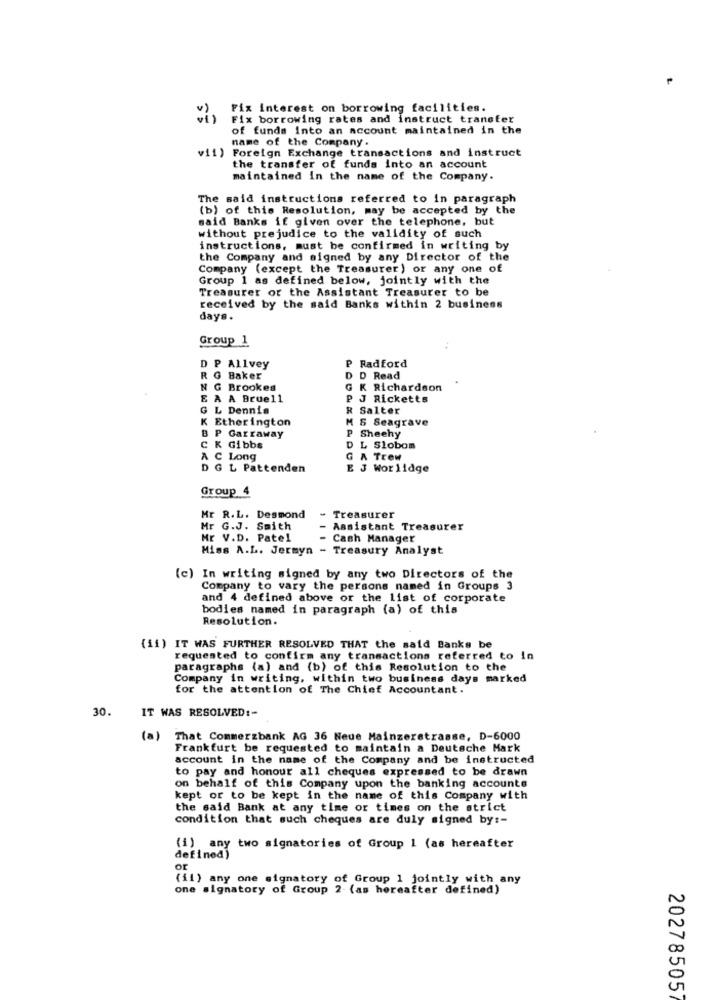
Fix interest on borrowing facilities.
Fix borrowing rates and instruct transfer
of funds Into an account maintained in the
name of the Company.
vii) Foreign Exchange transactions and instruct
the transfer of funds into an account
maintained in the name of the Company.
The said instructions referred to in paragraph
(b) of this Resolution, may be accepted by the
said Banks if given over the telephone, but
without prejudice to the validity of such
instructions, must be confirmed in writing by
the Company and signed by any Director of the
Company (except the Treasurer) or any one of
Group 1 as defined below, jointly with the
Treasurer or the Assistant Treasurer to be
received by the said Banks within 2 business
days.
Group 1
Radford
D P Allvey
R G Baker
D
D Read
N G Brookes
K Richardson
E A A Bruel1
P
J Ricketts
G L Dennis
R Salter
K Etherington
M S Seagrave
B P Garraway
P Sheehy
C K Gibbs
D L Slobom
C Long
G A Trew
G L Pattenden
E J Worlidge
Group 4
Mr R.L. Desmond
- Treasurer
Mr G.J. Smith
Assistant Treasurer
Mr V.D. Patel
Cash Manager
Miss A.L. Jermyn - Treasury Analyst
(c) In writing signed by any two Directors of the
Company to vary the persons named in Groups 3
and 4 defined above or the list of corporate
bodies named in paragraph (a) of this
Resolution.
(ii) IT WAS FURTHER RESOLVED THAT the said Banks be
requested to confirm any transactions referred to in
paragraphs (a) and (b) of this Resolution to the
Company in writing, within two business days marked
for the attention of The Chief Accountant.
30.
IT WAS RESOLVED :-
(a) That Commerzbank AG 36 Neue Mainzerstrasse, D-6000
Frankfurt be requested to maintain a Deutsche Mark
account in the name of the Company and be instructed
to pay and honour all cheques expressed to be drawn
on behalf of this Company upon the banking accounts
kept or to be kept in the name of this Company with
the said Bank at any time or times on the strict
condition that such cheques are duly signed by :-
(1) any two signatories of Group 1 (as hereafter
defined)
or
(il) any one signatory of Group 1 jointly with any
one signatory of Group 2 (as hereafter defined)
20278505